画像に写った文字を読んでください
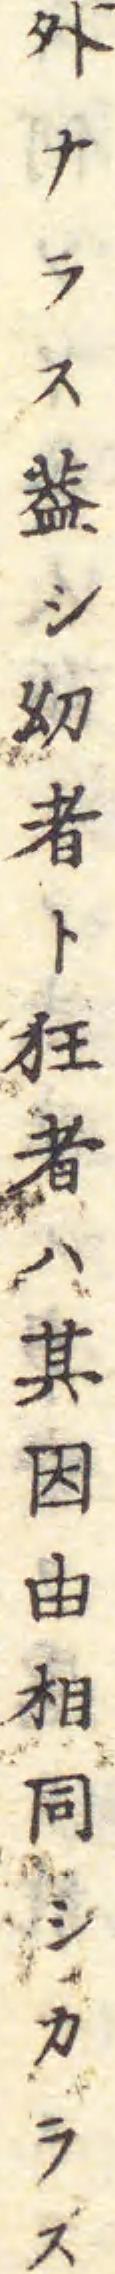
「外ナラス葢シ幼者ト狂者ハ其因由相同シカラス」と書いてあります